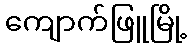
ကျောက်ဖြူမြို့